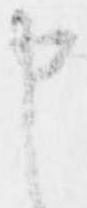
申